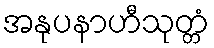
အနုပနာဟီသုတ္တံ